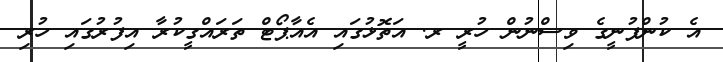
އެ ކުންފުނީގެ ވިސްނުން ހުރީ ރ. އަތޮޅުގައި އެއާޕޯޓް ތަރައްގީކުރާ އިފުރުގައި ހުރި